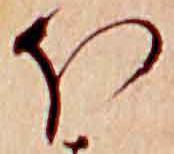
ほ